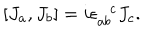
[ J _ { a } , J _ { b } ] = i \epsilon _ { a b } ^ { \phantom { a b } c } J _ { c } .